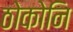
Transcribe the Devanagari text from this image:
ठोकोनि